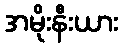
အမိုးနီးယား